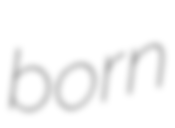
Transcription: born